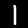
Digit: 1